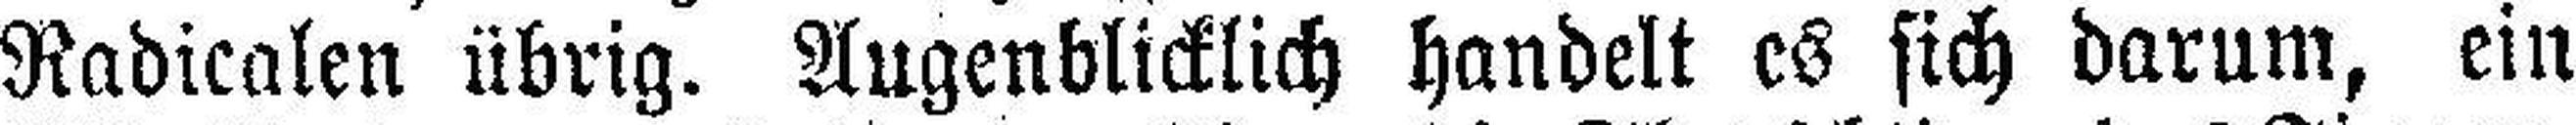
Radicalen übrig. Augenblicklich handelt es sich darum, ein